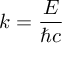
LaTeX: k = { \frac { E } { \hbar c } }